Source: Handwritten
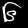
Digit: ၆ (6)